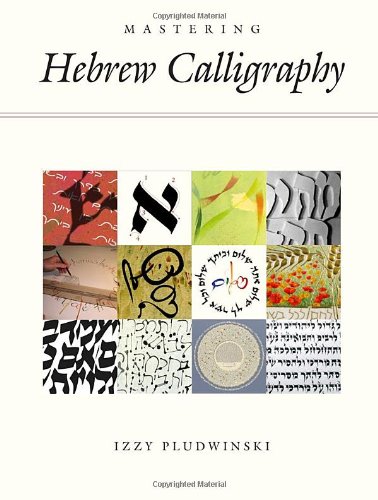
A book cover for Mastering Hebrew Calligraphy; Izzy Pludwinski; Arts & Photography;